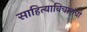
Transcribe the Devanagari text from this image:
साहित्याविचारांची